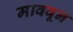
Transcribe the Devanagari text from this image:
माववून